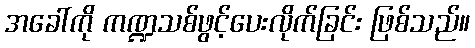
အခေါ်ကို ကဏ္ဍသစ်ဖွင့်ပေးလိုက်ခြင်း ဖြစ်သည်။